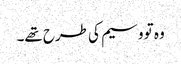
وہ تو وسیم کی طرح تھے۔